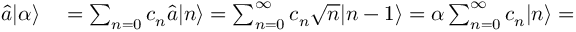
\begin{array} { r l } { \hat { a } | \alpha \rangle } & { { } = \sum _ { n = 0 } c _ { n } \hat { a } | n \rangle = \sum _ { n = 0 } ^ { \infty } c _ { n } \sqrt { n } | n - 1 \rangle = \alpha \sum _ { n = 0 } ^ { \infty } c _ { n } | n \rangle = } \end{array}